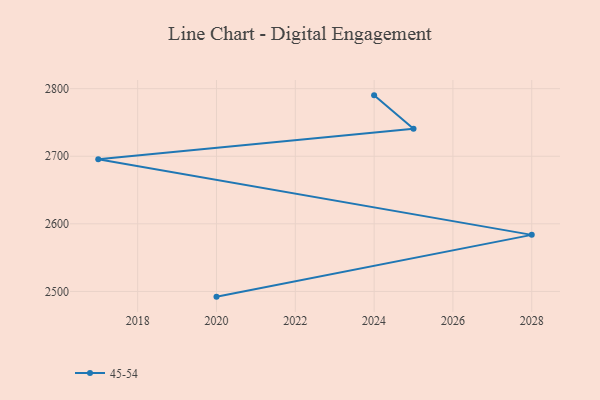
{"axis": {"x": "Year", "y": "Bounce Rate (%)"}, "legend": ["45-54"], "data": [{"x": "2024", "y": 2790.1, "type": "45-54"}, {"x": "2025", "y": 2740.7, "type": "45-54"}, {"x": "2017", "y": 2695.5, "type": "45-54"}, {"x": "2028", "y": 2583.7, "type": "45-54"}, {"x": "2020", "y": 2492.3, "type": "45-54"}]}